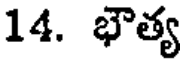
14. భౌత్య